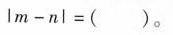
$$l m - n l = ( )$$。